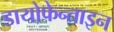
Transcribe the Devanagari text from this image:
डायोफेन्ताइन